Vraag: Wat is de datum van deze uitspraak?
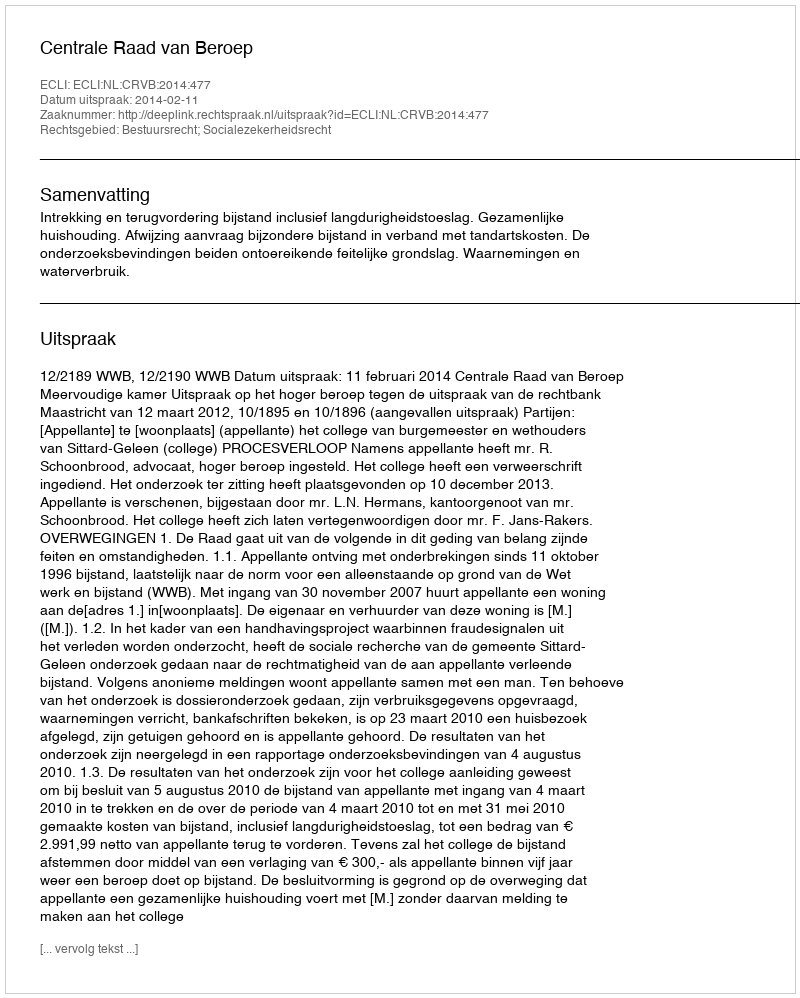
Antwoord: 2014-02-11